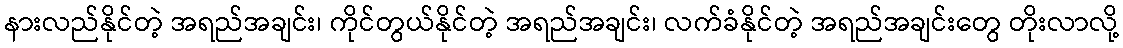
နားလည်နိုင်တဲ့ အရည်အချင်း၊ ကိုင်တွယ်နိုင်တဲ့ အရည်အချင်း၊ လက်ခံနိုင်တဲ့ အရည်အချင်းတွေ တိုးလာလို့